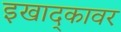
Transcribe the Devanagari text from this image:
इखाद्कावर